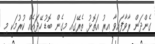
ގެންދަން ރާވާފައިވާ އިރު އަތޮޅު ތެރޭގައި މީގެން ބޮޑު ހޭދައެއް ކުރުމަކީ މި